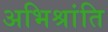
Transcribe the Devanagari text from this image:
अभिश्रांति